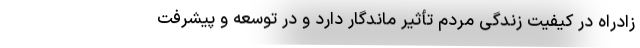
زادراه در کیفیت زندگی مردم تأثیر ماندگار دارد و در توسعه و پیشرفت